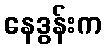
နေဒွန်းက